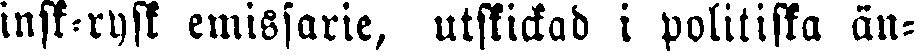
finsk-rysk emissarie, utskickad i politiska än-